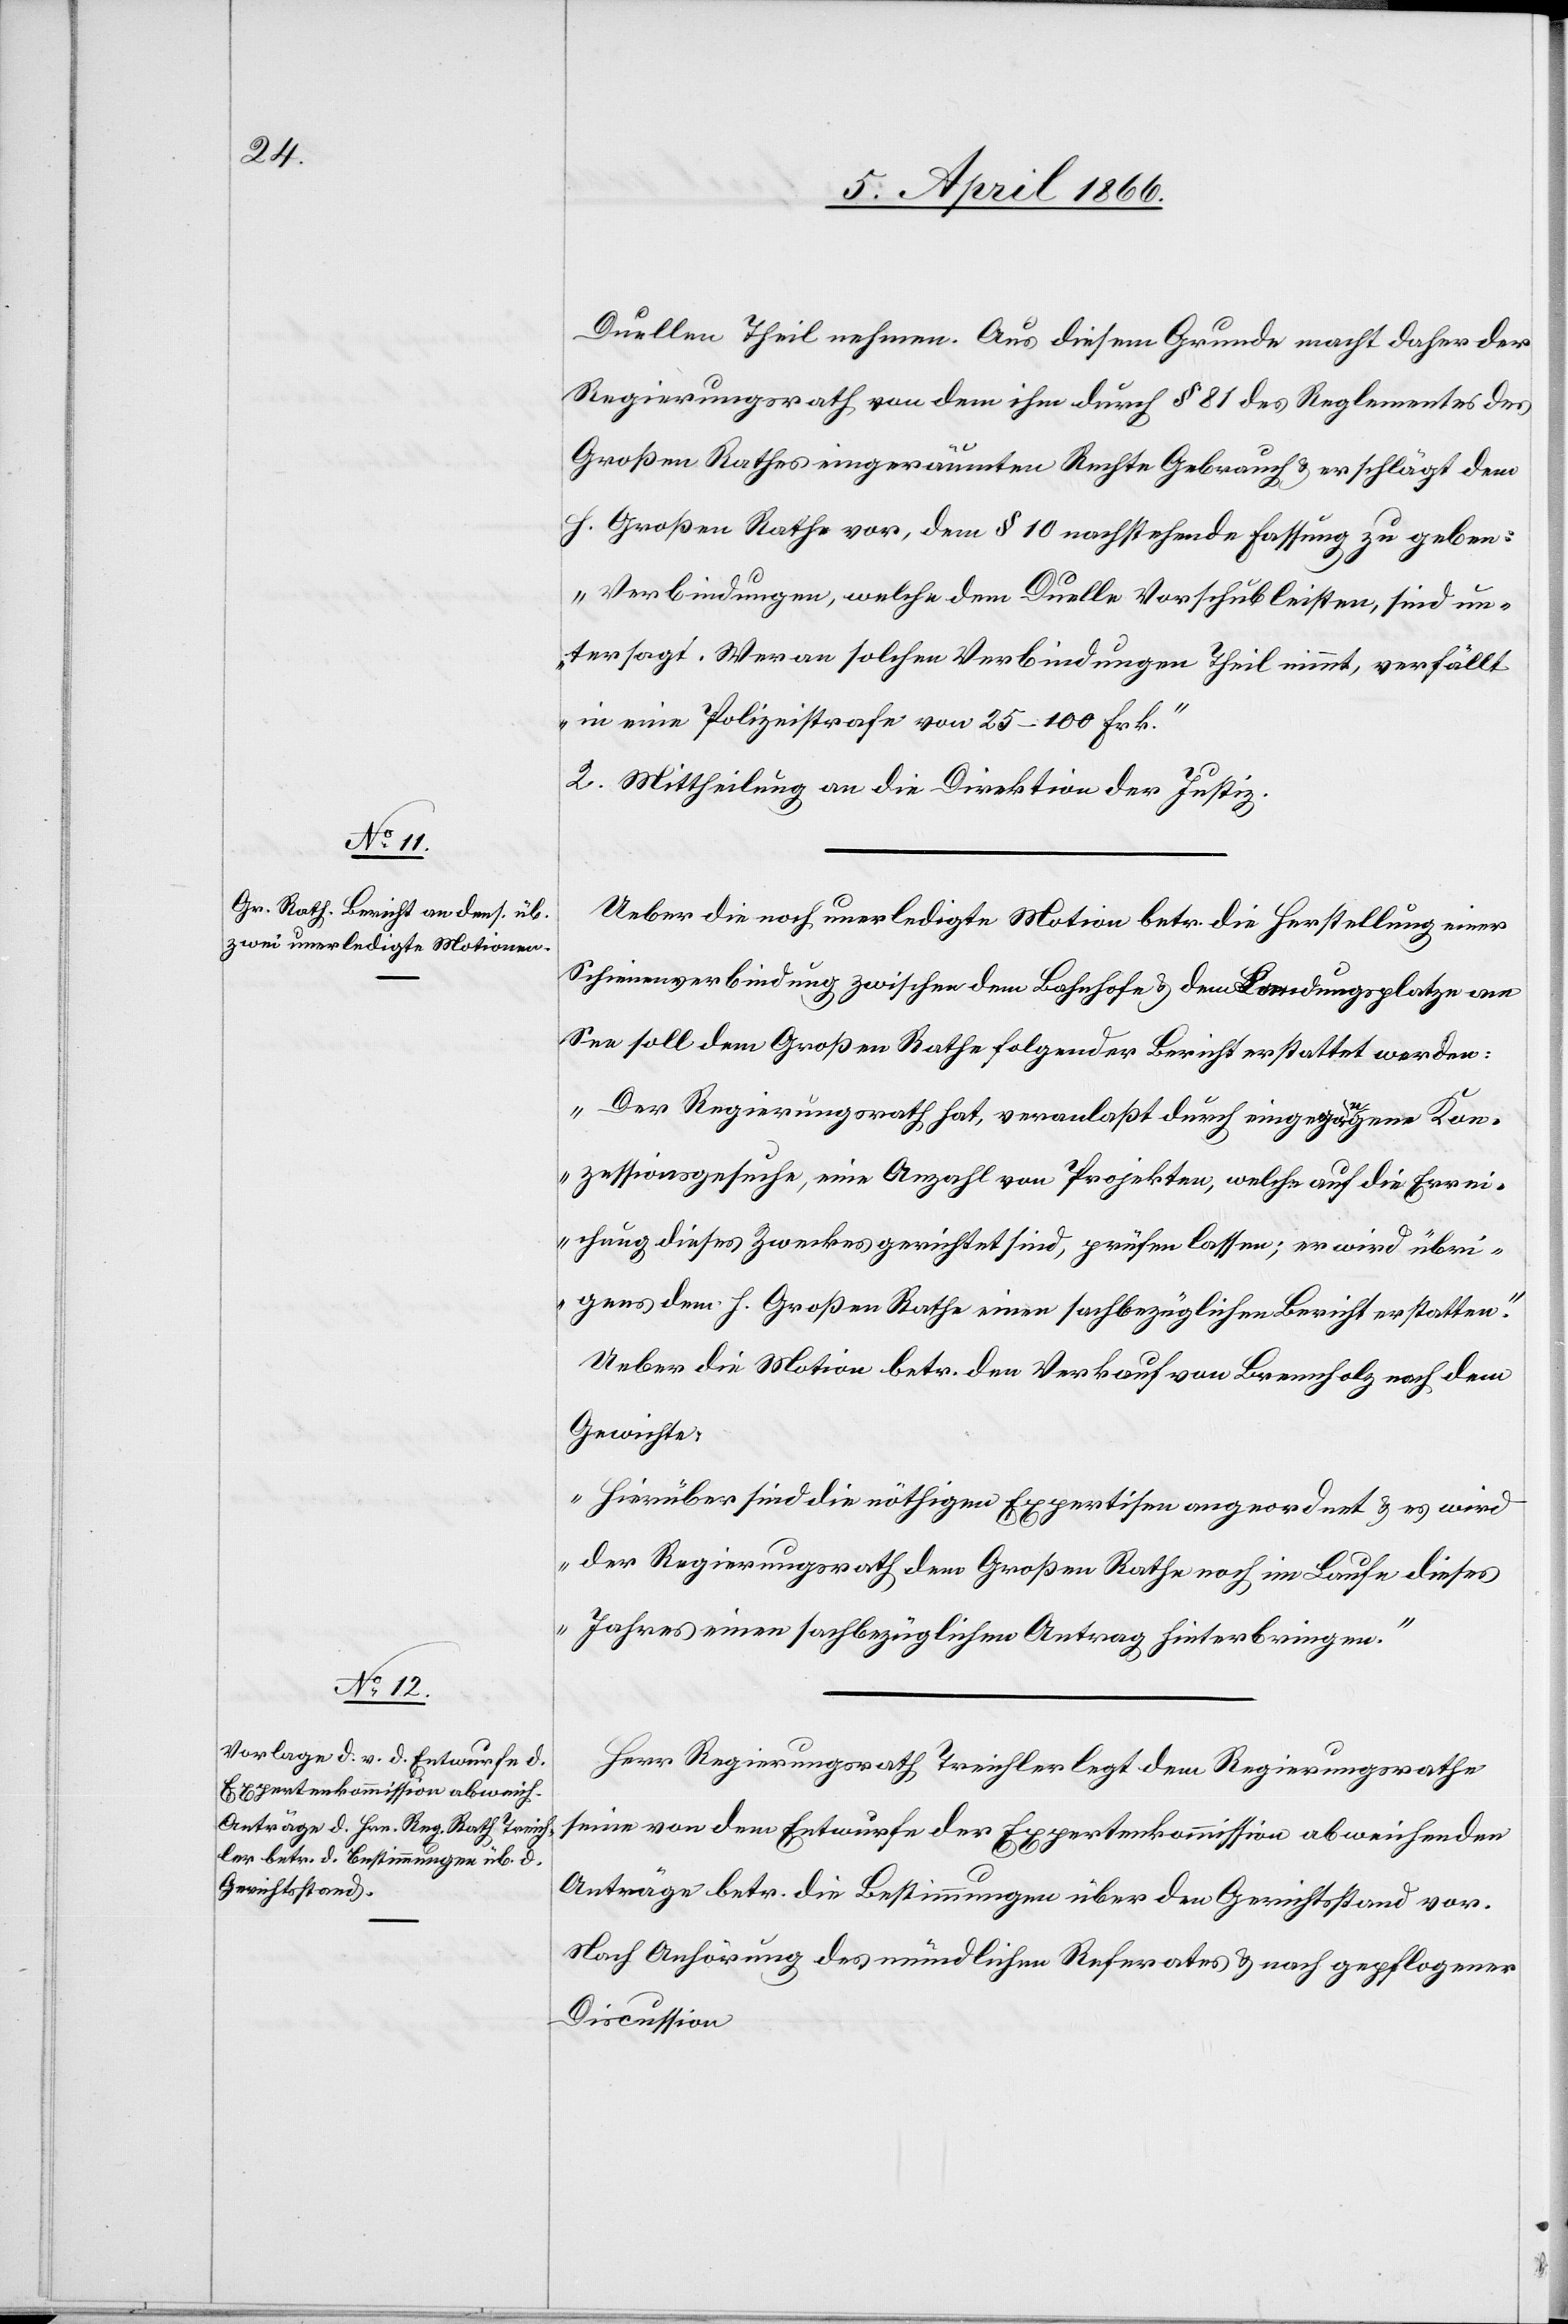
Duellen Theil nehmen. Aus diesem Grunde macht daher der
Regierungsrath von dem ihm durch § 81 des Reglementes des
Großen Rathes eingeräumten Rechte Gebrauch u. er schlägt dem
h. Großen Rathe vor, dem § 10 nachstehende Fassung zu geben:
„Verbindungen, welche dem Duelle Vorschub leisten, sind un¬
tersagt. Wer an solchen Verbindungen Theil nimmt, verfällt
in eine Polizeistrafe von 25–100 Frk.“
2. Mittheilung an die Direktion der Justiz.
Ueber die noch unerledigte Motion betr. die Herstellung einer
Schienenverbindung zwischen dem Bahnhofe u. dem Landungsplatze am
See soll dem Großen Rathe folgender Bericht erstattet werden:
„Der Regierungsrath hat, veranlaßt durch eingegangene Kon¬
zessionsgesuche, eine Anzahl von Projekten, welche auf die Errei¬
chung dieses Zweckes gerichtet sind, prüfen lassen; er wird übri¬
gens dem h. Großen Rathe einen sachbezüglichen Bericht erstatten.“
Ueber die Motion betr. den Verkauf von Brennholz nach dem
Gewichte:
„Hierüber sind die nöthigen Expertisen angeordnet u. es wird
der Regierungsrath dem Großen Rathe noch im Laufe dieses
Jahres einen sachbezüglichen Antrag hinterbringen.“
Herr Regierungsrath Treichler legt dem Regierungsrathe
seine von dem Entwurfe der Expertenkommission abweichenden
Anträge betr. die Bestimmungen über den Gerichtsstand vor.
Nach Anhörung des mündlichen Referates u. nach gepflegter
Discussion